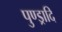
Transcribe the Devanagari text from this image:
पुण्ड्रादि